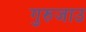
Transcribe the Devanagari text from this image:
गुरुजाउ